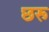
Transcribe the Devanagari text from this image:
छरू